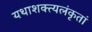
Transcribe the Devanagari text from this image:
यथाशक्त्यलंकृतां